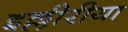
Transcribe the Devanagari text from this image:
इल्लीरीया